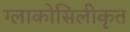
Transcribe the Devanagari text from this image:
ग्लाकोसिलीकृत